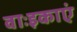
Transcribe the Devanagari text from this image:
वाःइकाएं